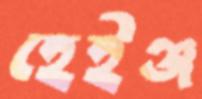
হেইঞ্জ